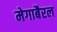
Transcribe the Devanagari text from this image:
मेगाबैरल